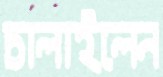
চালাইলেন